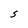
Character: S